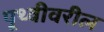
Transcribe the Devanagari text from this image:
पृ्थ्वीवरील